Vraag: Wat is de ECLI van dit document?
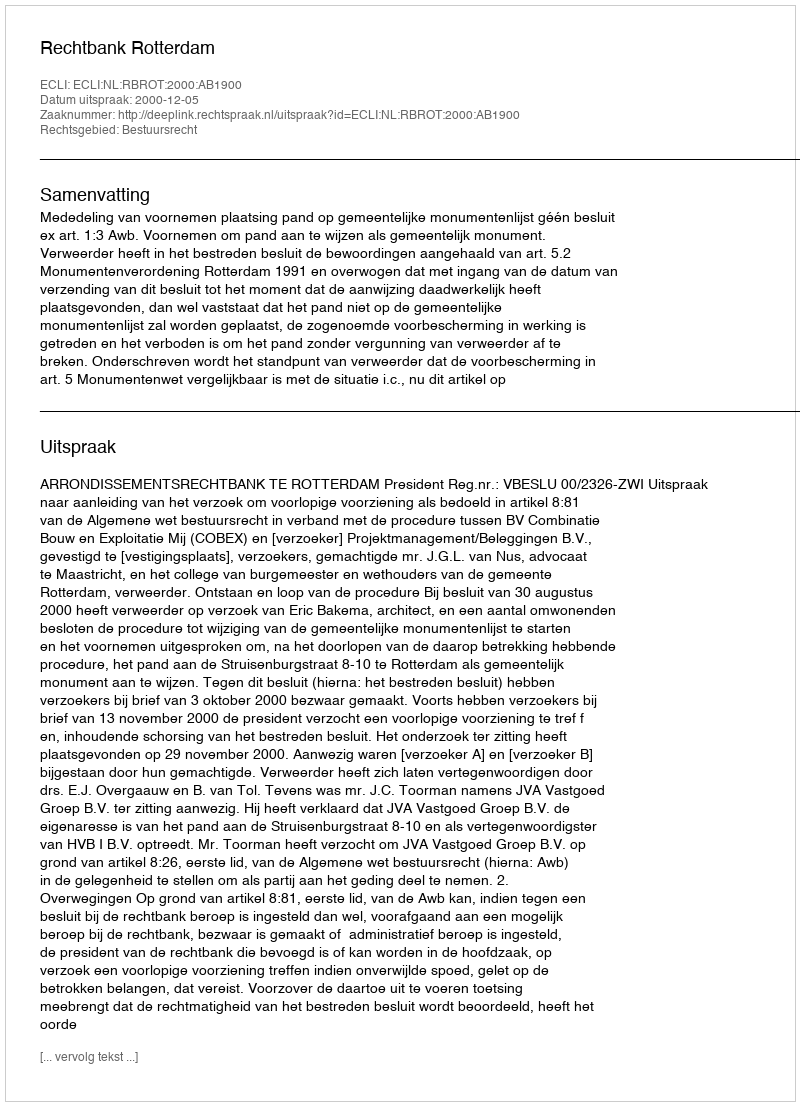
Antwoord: ECLI:NL:RBROT:2000:AB1900